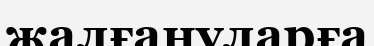
жалғануларға